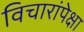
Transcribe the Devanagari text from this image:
विचारांपेक्षा